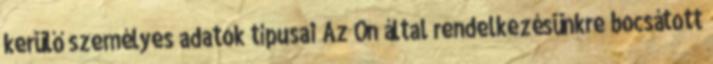
kerülő személyes adatok típusai Az Ön által rendelkezésünkre bocsátott